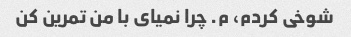
شوخی کردم، م. چرا نمیای با من تمرین کن